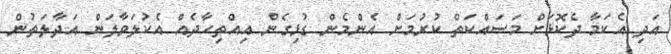
އަދި އެކަމާ ދެކޮޅަށް މަސައްކަތް ކުރުމަށް އެންމެން ގުޅިގެން އިއްތިހާދެއް އެކުލަވާލަން އަދާލަތުން